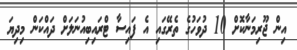
އިން ޖޫރިމަނާކޮށް 10 ދުވަހުގެ ތެރޭގައި އެ ފައިސާ ޓްރައިބިއުނަލަށް ދައްކަން މިދިޔަ